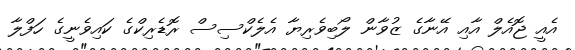
އެއީ ޖޮއެލް އާއި އޭނާގެ ޒުވާން ލޯބިވެރިޔާ އެލެކްސިސް ރޮޑެރިކްގެ ކައިވެނީގެ ހަފްލާ